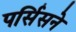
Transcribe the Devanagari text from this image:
पर्सिसने